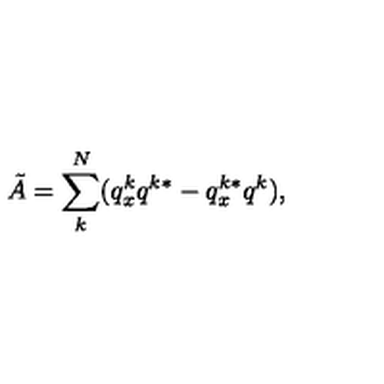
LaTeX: \tilde { A } = \sum _ { k } ^ { N } ( q _ { x } ^ { k } q ^ { k * } - q _ { x } ^ { k * } q ^ { k } ) ,